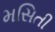
મસિતી